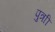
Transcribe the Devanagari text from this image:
पुत्राी